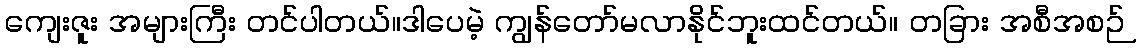
ကျေးဇူး အများကြီး တင်ပါတယ်။ဒါပေမဲ့ ကျွန်တော်မလာနိုင်ဘူးထင်တယ်။ တခြား အစီအစဉ်